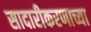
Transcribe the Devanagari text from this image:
सादारीकरणाच्या